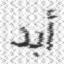
أبد